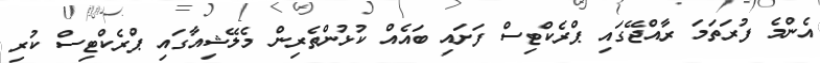
އެންމެ ފުރަތަމަ ރާއްޖޭގައި ޕްރެކްޓިސް ފަށައި ބައެއް ކުޅުންތެރިން މެލޭޝިއާގައި ޕްރެކްޓިސް ކުރި